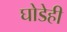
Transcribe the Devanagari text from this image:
घोडेही